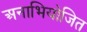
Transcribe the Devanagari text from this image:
अनाभियोजित